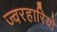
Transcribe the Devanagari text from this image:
ज्वरहारियों